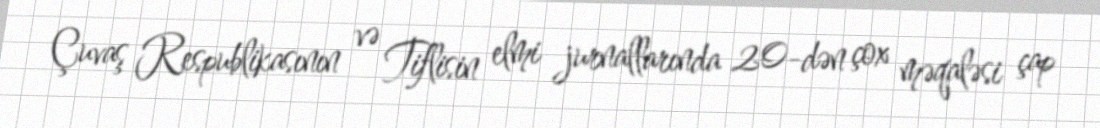
Çuvaş Respublikasının və Tiflisin elmi jurnallarında 20-dən çox məqaləsi çap